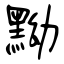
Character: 黝